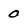
Character: 0